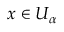
x \in U _ { \alpha }